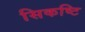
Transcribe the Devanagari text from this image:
सिकष्टि